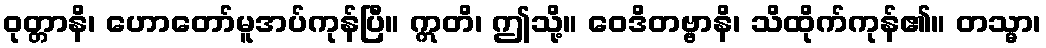
ဝုတ္တာနိ၊ ဟောတော်မူအပ်ကုန်ပြီ။ ဣတိ၊ ဤသို့။ ဝေဒိတဗ္ဗာနိ၊ သိထိုက်ကုန်၏။ တသ္မာ၊